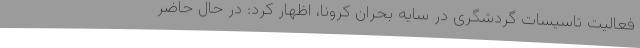
فعالیت تاسیسات گردشگری در سایه بحران کرونا، اظهار کرد: در حال حاضر